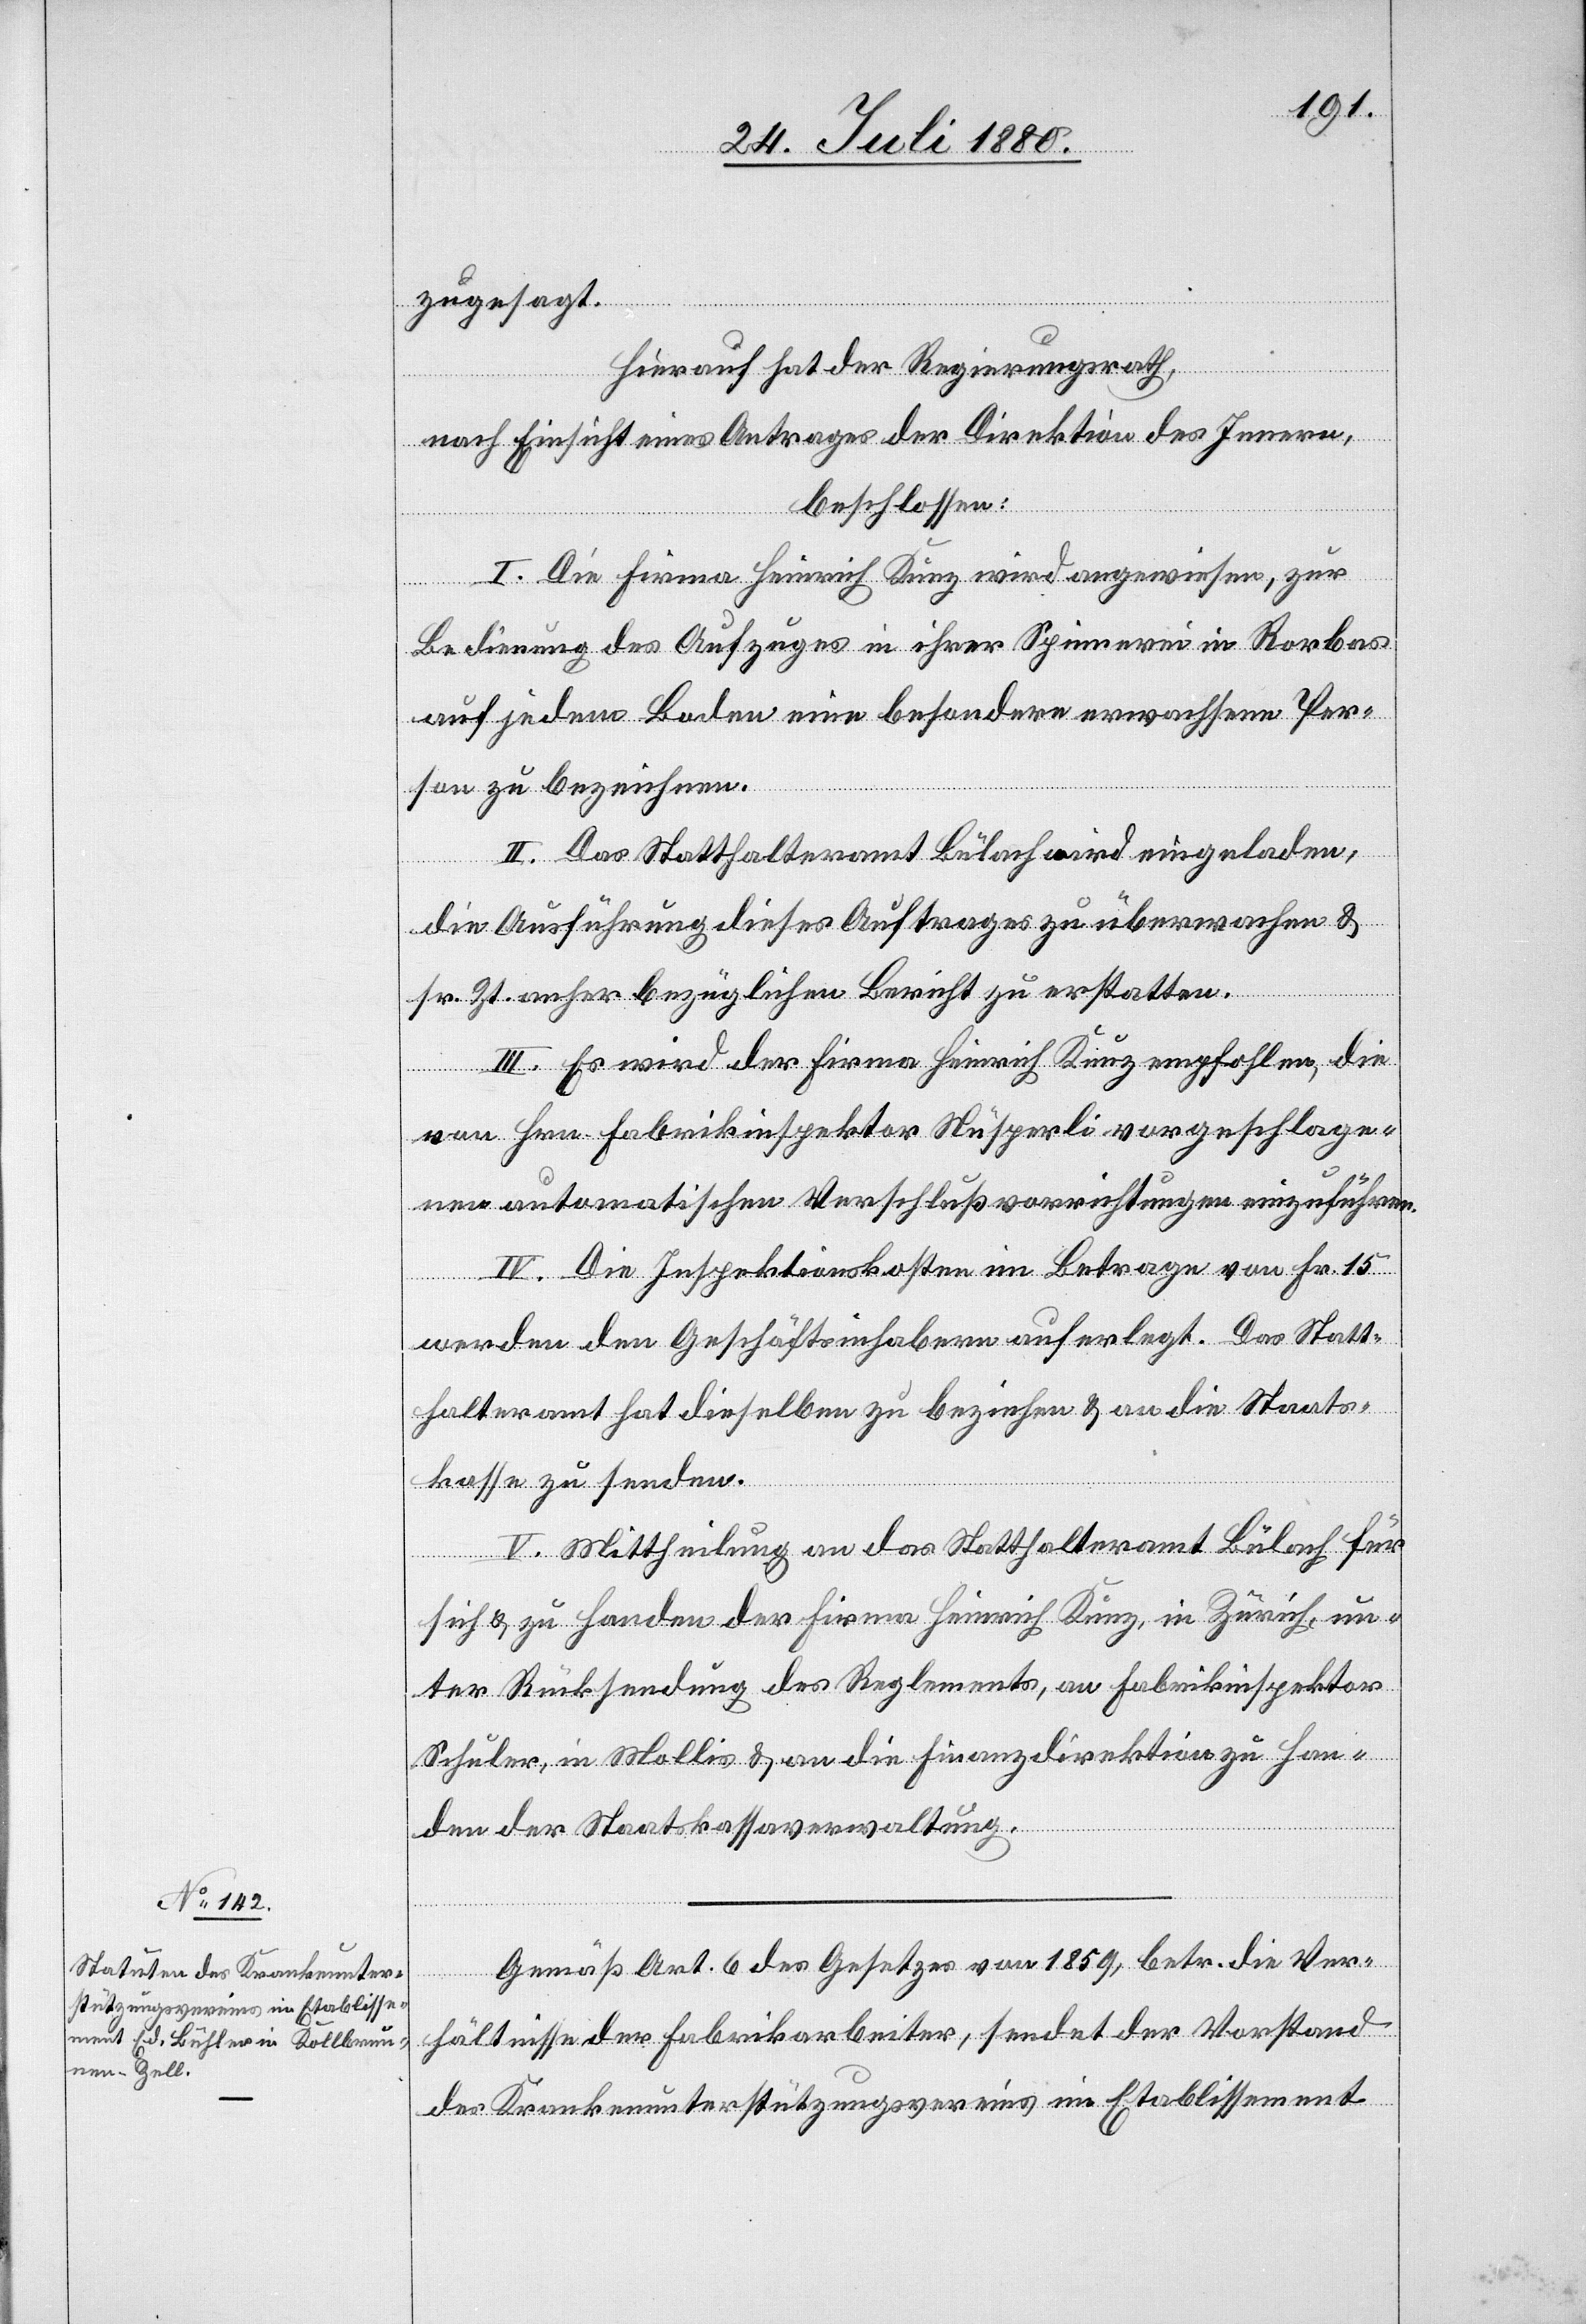
zugesagt.
Hierauf hat der Regierungsrath,
nach Einsicht eines Antrages der Direktion des Innern,
beschlossen:
I. Die Firma Heinrich Kunz wird angewiesen, zur
Bedienung des Aufzuges in ihrer Spinnerei in Rorbas
auf jedem Boden eine besondere erwachsene Per¬
son zu bezeichnen.
II. Das Statthalteramt Bülach wird eingeladen,
die Ausführung dieses Auftrages zu überwachen &
sr. Zt. anher bezüglichen Bericht zu erstatten.
III. Es wird der Firma Heinrich Kunz empfohlen, die
vom Hrn. Fabrikinspektor Nüsperli vorgeschlage¬
nen automatischen Verschlußvorrichtungen einzuführen.
IV. Die Inspektionskosten im Betrage von Fr. 15
werden den Geschäftsinhabern auferlegt. Das Statt¬
halteramt hat dieselben zu beziehen & an die Staats¬
kasse zu senden.
V. Mittheilung an das Statthalteramt Bülach für
sich & zu Handen der Firma Heinrich Kunz, in Zürich, un¬
ter Rücksendung des Reglements, an Fabrikinspektor
Schuler, in Mollis & an die Finanzdirektion zu Han¬
den der Staatskassaverwaltung.
Gemäß Art. 6 des Gesetzes von 1859, betr. die Ver¬
hältnisse der Fabrikarbeiter, sendet der Vorstand
des Krankenunterstützungsvereins im Etablissement